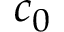
c _ { 0 }